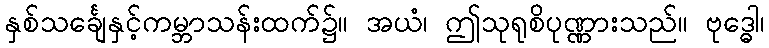
နှစ်သင်္ချေနှင့်ကမ္ဘာသန်းထက်၌။ အယံ၊ ဤသုရုစိပုဏ္ဏားသည်။ ဗုဒ္ဓေါ၊